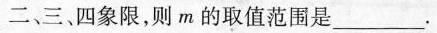
二、三、四象限，则m的取值范围是___.